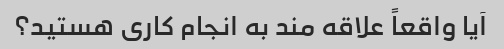
آیا واقعاً علاقه مند به انجام کاری هستید؟